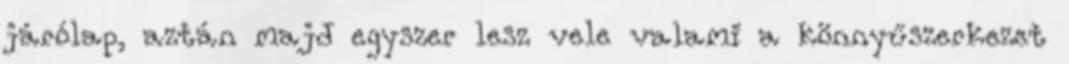
járólap, aztán majd egyszer lesz vele valami a könnyűszerkezet